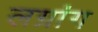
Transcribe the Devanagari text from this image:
लग्रांग